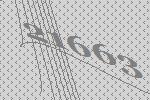
21663